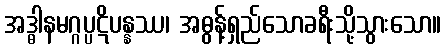
အဒ္ဓါနမဂ္ဂပ္ပဋိပန္နဿ၊ အဓွန့်ရှည်သောခရီးသို့သွားသော။